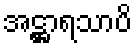
အဋ္ဌာရသာပိ